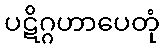
ပဋိဂ္ဂဟာပေတုံ